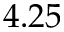
4 . 2 5